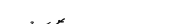
٩٦